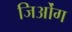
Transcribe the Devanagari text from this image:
जिओंग